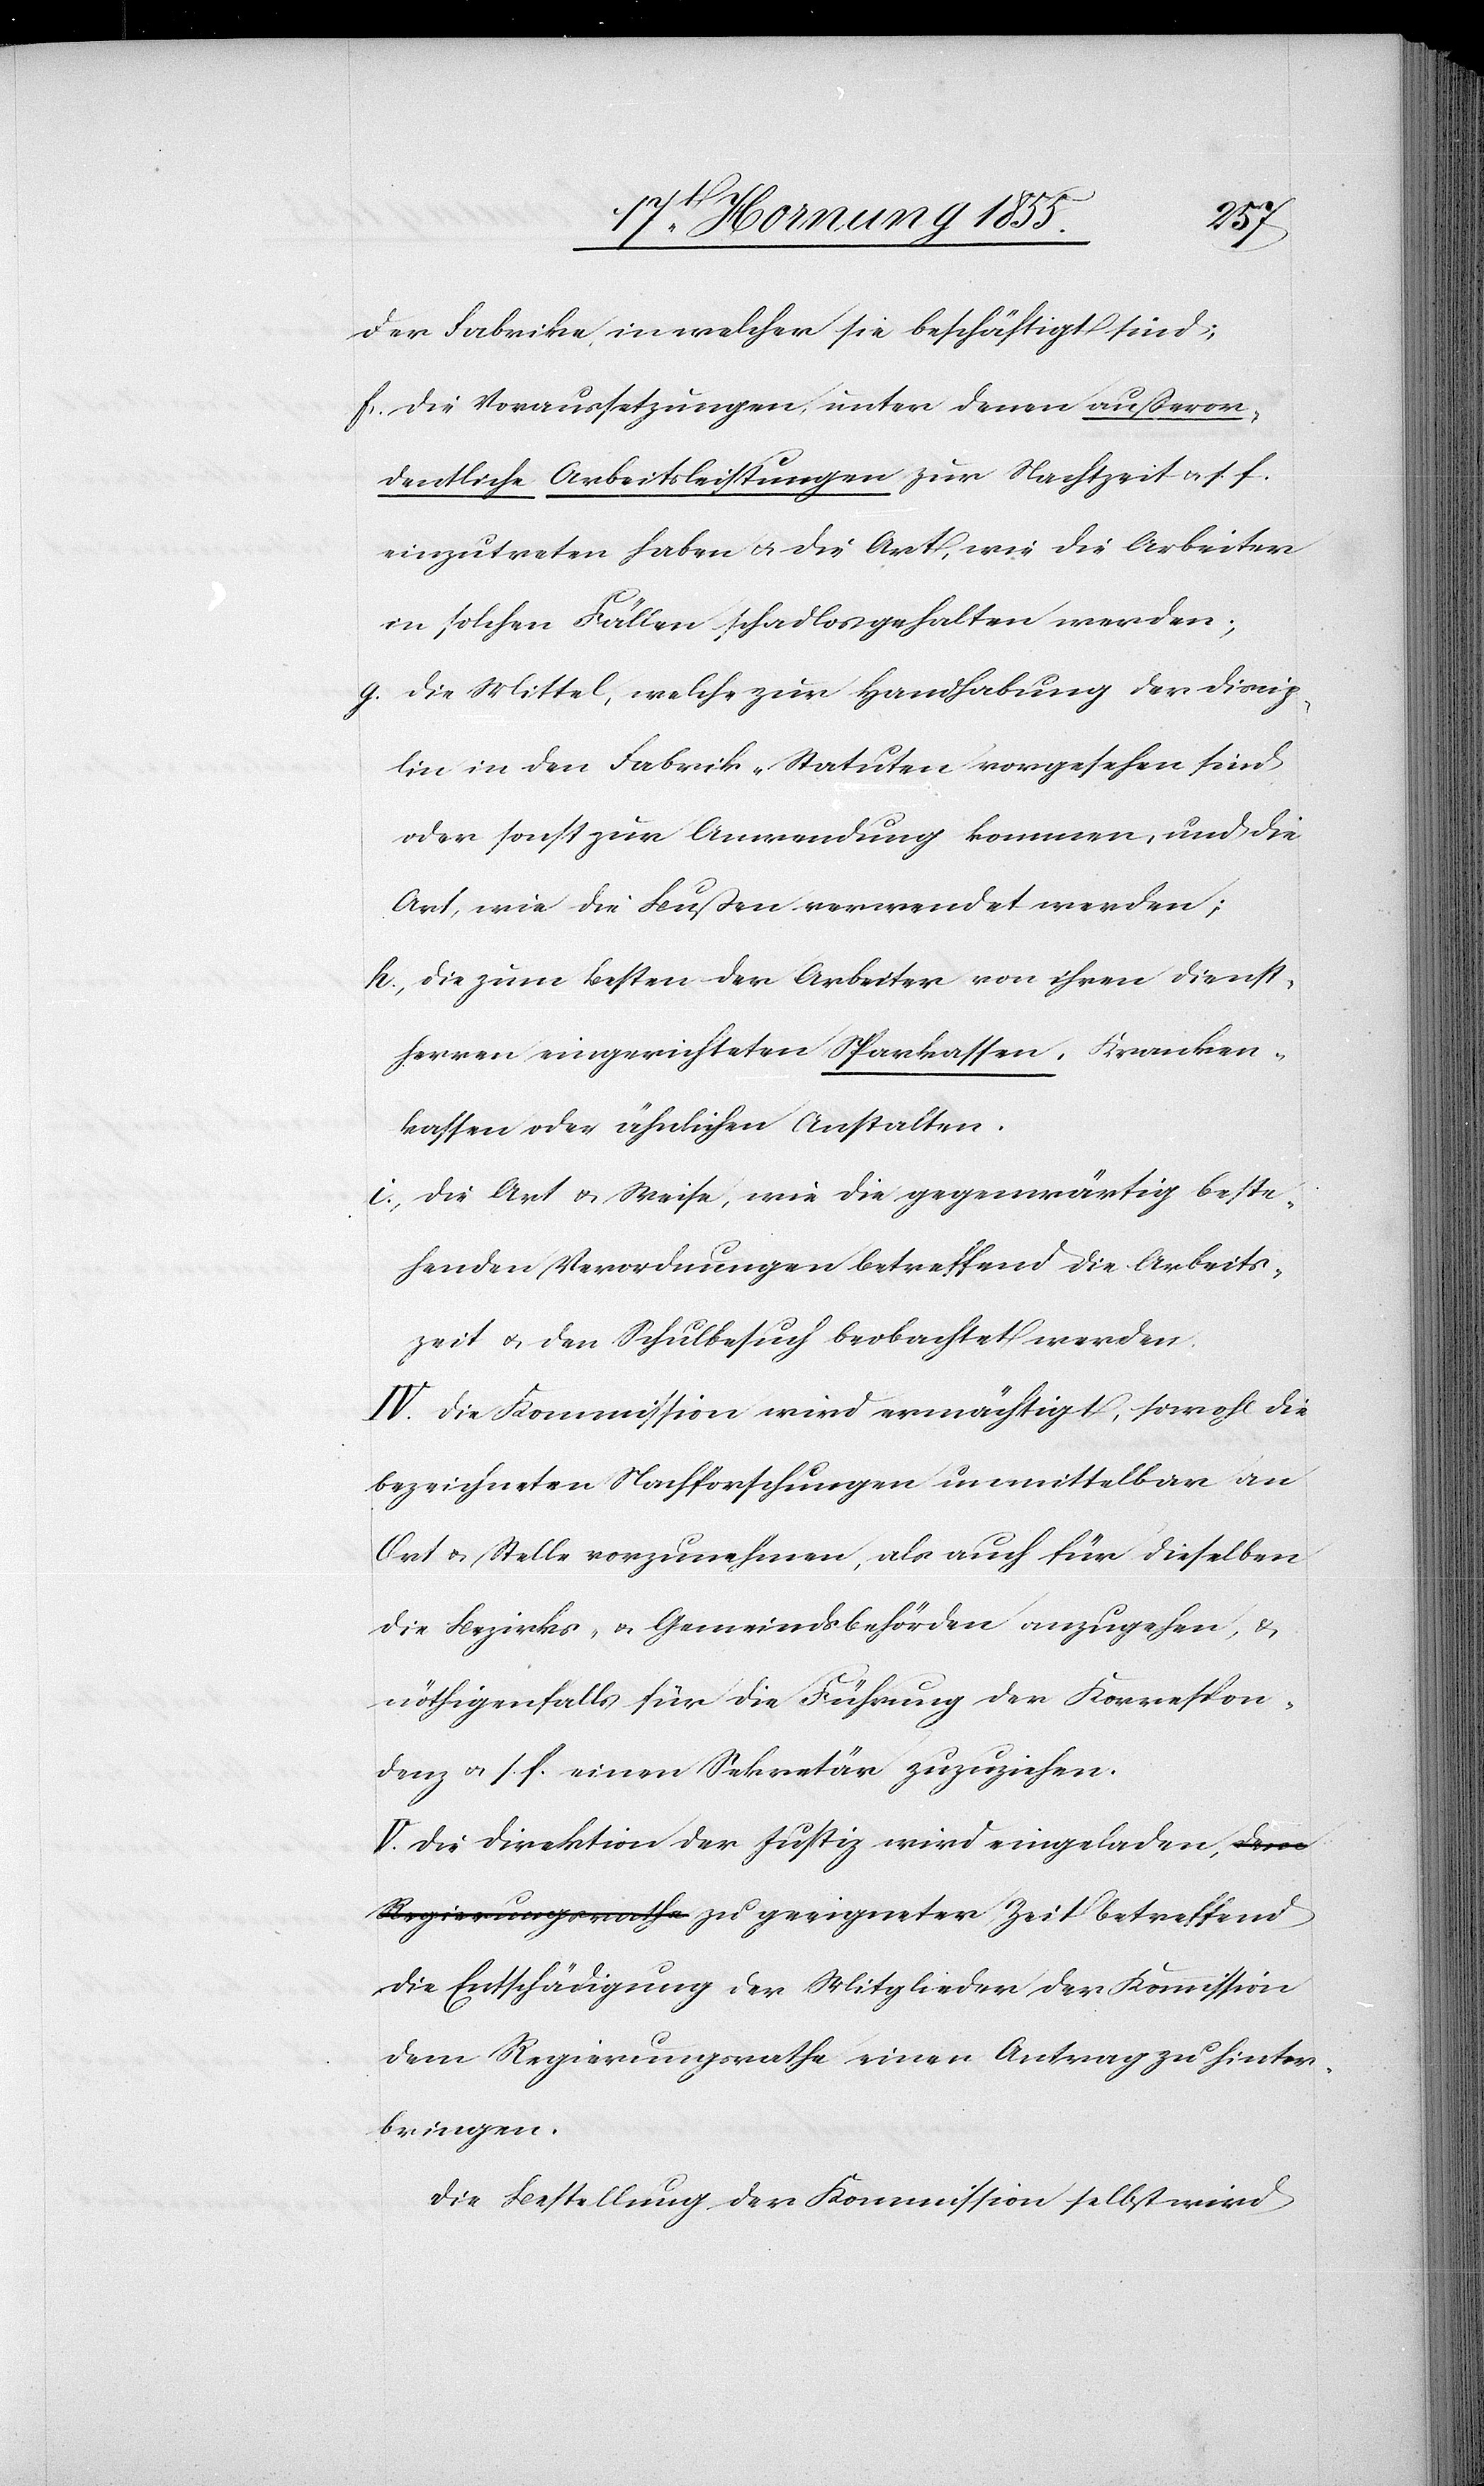
i.,
der Fabrike, in welcher sie beschäftigt sind;
die Voraussetzungen, unter denen außeror¬
dentliche Arbeitsleistungen zur Nachtzeit & s. f.
einzutreten haben & die Art, wie die Arbeiter
in solchen Fällen schadlos gehalten werden;
die Mittel, welche zur Handhabung der Discip¬
lin in den Fabrik-Statuten vorgesehen sind
oder sonst zur Anwendung kommen, und die
Art, wie die Bußen verwendet werden;
die zum Besten der Arbeiter von ihren Dienst¬
herren eingerichteten Sparkassen, Kranken¬
kassen oder ähnlichen Anstalten.
die Art & Weise, wie die gegenwärtig beste¬
henden Verordnungen betreffend die Arbeits¬
zeit & den Schulbesuch beobachtet werden.
IV. Die Kommission wird ermächtigt, sowohl die
bezeichneten Nachforschungen unmittelbar an
Ort & Stelle vorzunehmen, als auch für dieselben
die Bezirks- & Gemeindsbehörden anzugehen, &
nöthigenfalls für die Führung der Korrespon¬
denz & s. f. einen Sekretär zuzuziehen.
V. Die Direktion der Justiz wird eingeladen, a-dem
Regierungsrathe-a zu geeigneter Zeit betreffend
die Entschädigung der Mitglieder der Kommission
dem Regierungsrathe einen Antrag zu hinter¬
bringen.
Die Bestellung der Kommission selbst wird